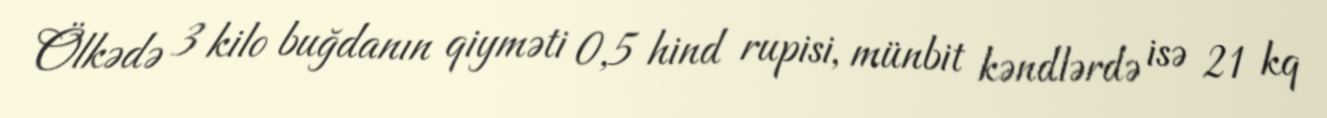
Ölkədə 3 kilo buğdanın qiyməti 0,5 hind rupisi, münbit kəndlərdə isə 21 kq